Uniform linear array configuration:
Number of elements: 24
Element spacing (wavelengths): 0.75
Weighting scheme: uniform
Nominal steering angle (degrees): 0
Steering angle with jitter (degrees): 1.554
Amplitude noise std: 0.05
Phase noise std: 0.05

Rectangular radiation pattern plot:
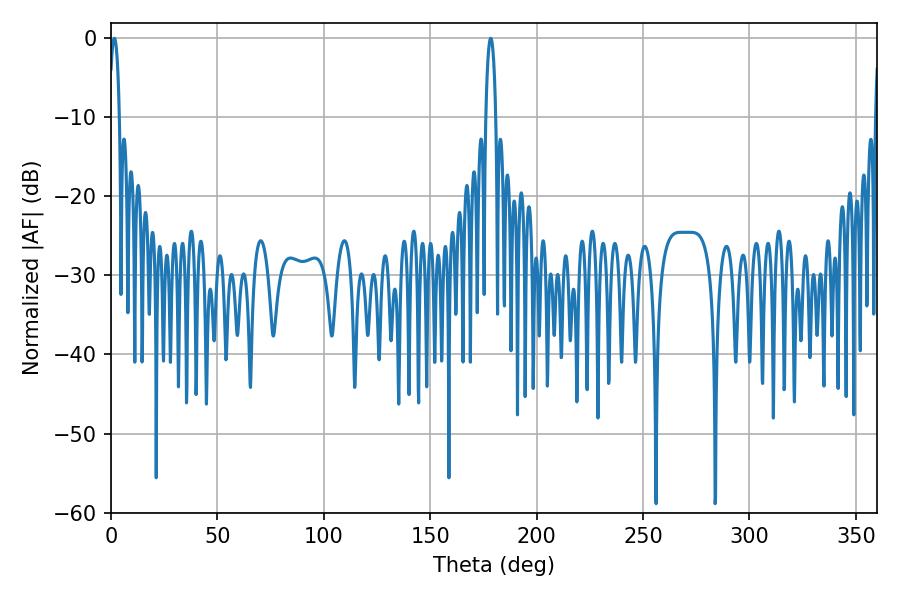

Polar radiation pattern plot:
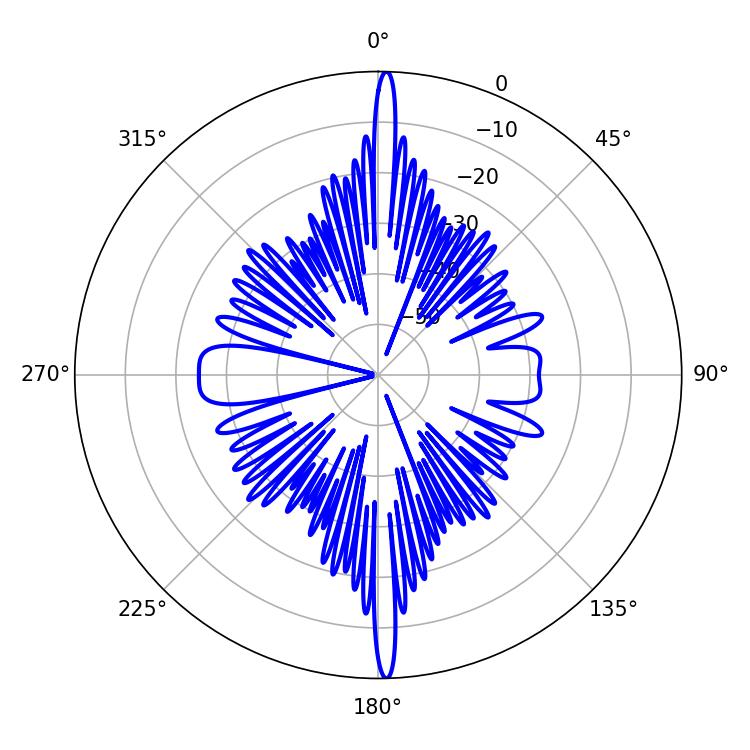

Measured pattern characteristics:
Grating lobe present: TRUE
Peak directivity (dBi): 29.493
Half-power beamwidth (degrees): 2.7
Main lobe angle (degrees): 1.62